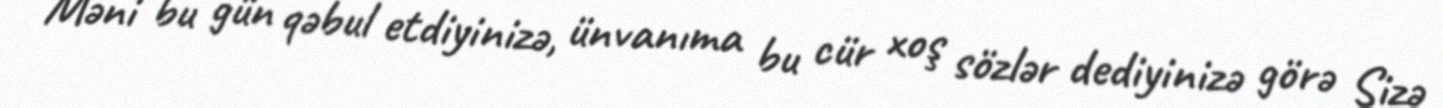
Məni bu gün qəbul etdiyinizə, ünvanıma bu cür xoş sözlər dediyinizə görə Sizə